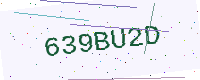
Text: 639BU2D